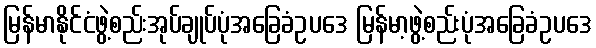
မြန်မာနိုင်ငံဖွဲ့စည်းအုပ်ချုပ်ပုံအခြေခံဥပဒေ မြန်မာ့ဖွဲ့စည်းပုံအခြေခံဥပဒေ